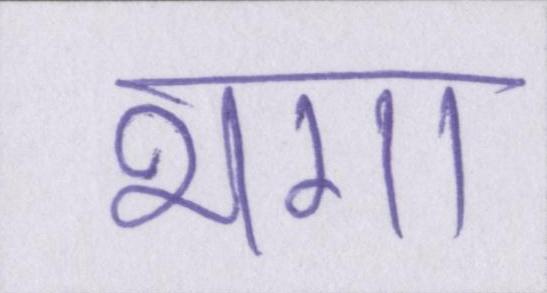
भगा